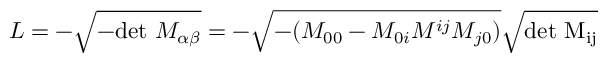
{ \cal L } = - \sqrt { - \mathrm { d e t } ~ M _ { \alpha \beta } } = - \sqrt { - ( M _ { 0 0 } - M _ { 0 i } M ^ { i j } M _ { j 0 } ) } \sqrt \mathrm { { d e t } ~ M _ { i j } }